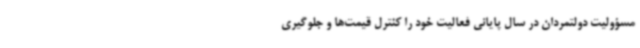
مسؤولیت دولتمردان در سال پایانی فعالیت خود را کنترل قیمت‌ها و جلوگیری